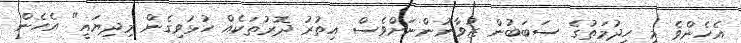
އެހެންވެ މި ހިދުމަތުގެ ސަބަބުން ޒުވާނުންނަށްވެސް އިތުރު ދޮރުތަކެއް ހުޅުވިގެން މިދިޔައީ" އެހެން